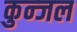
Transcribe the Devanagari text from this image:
कुन्जल